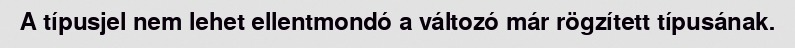
A típusjel nem lehet ellentmondó a változó már rögzített típusának.